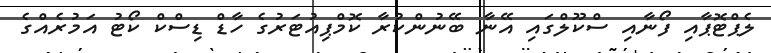
ލެޕްޓޮޕާއި ފޯނާއި ސްކޫލްގައި އޭނާ ބޭނުންކުރާ ކޮމްޕިއުޓަރުގެ ހާޑް ޑިސްކް ކޯޓު އަމުރެއްގެ